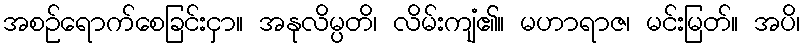
အစဉ်ရောက်စေခြင်းငှာ။ အနုလိမ္ပတိ၊ လိမ်းကျံ၏။ မဟာရာဇ၊ မင်းမြတ်။ အပိ၊